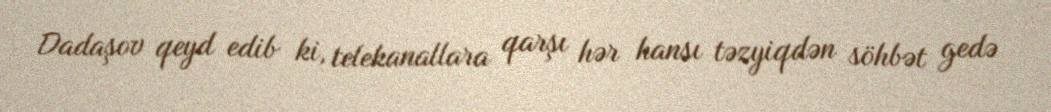
Dadaşov qeyd edib ki, telekanallara qarşı hər hansı təzyiqdən söhbət gedə